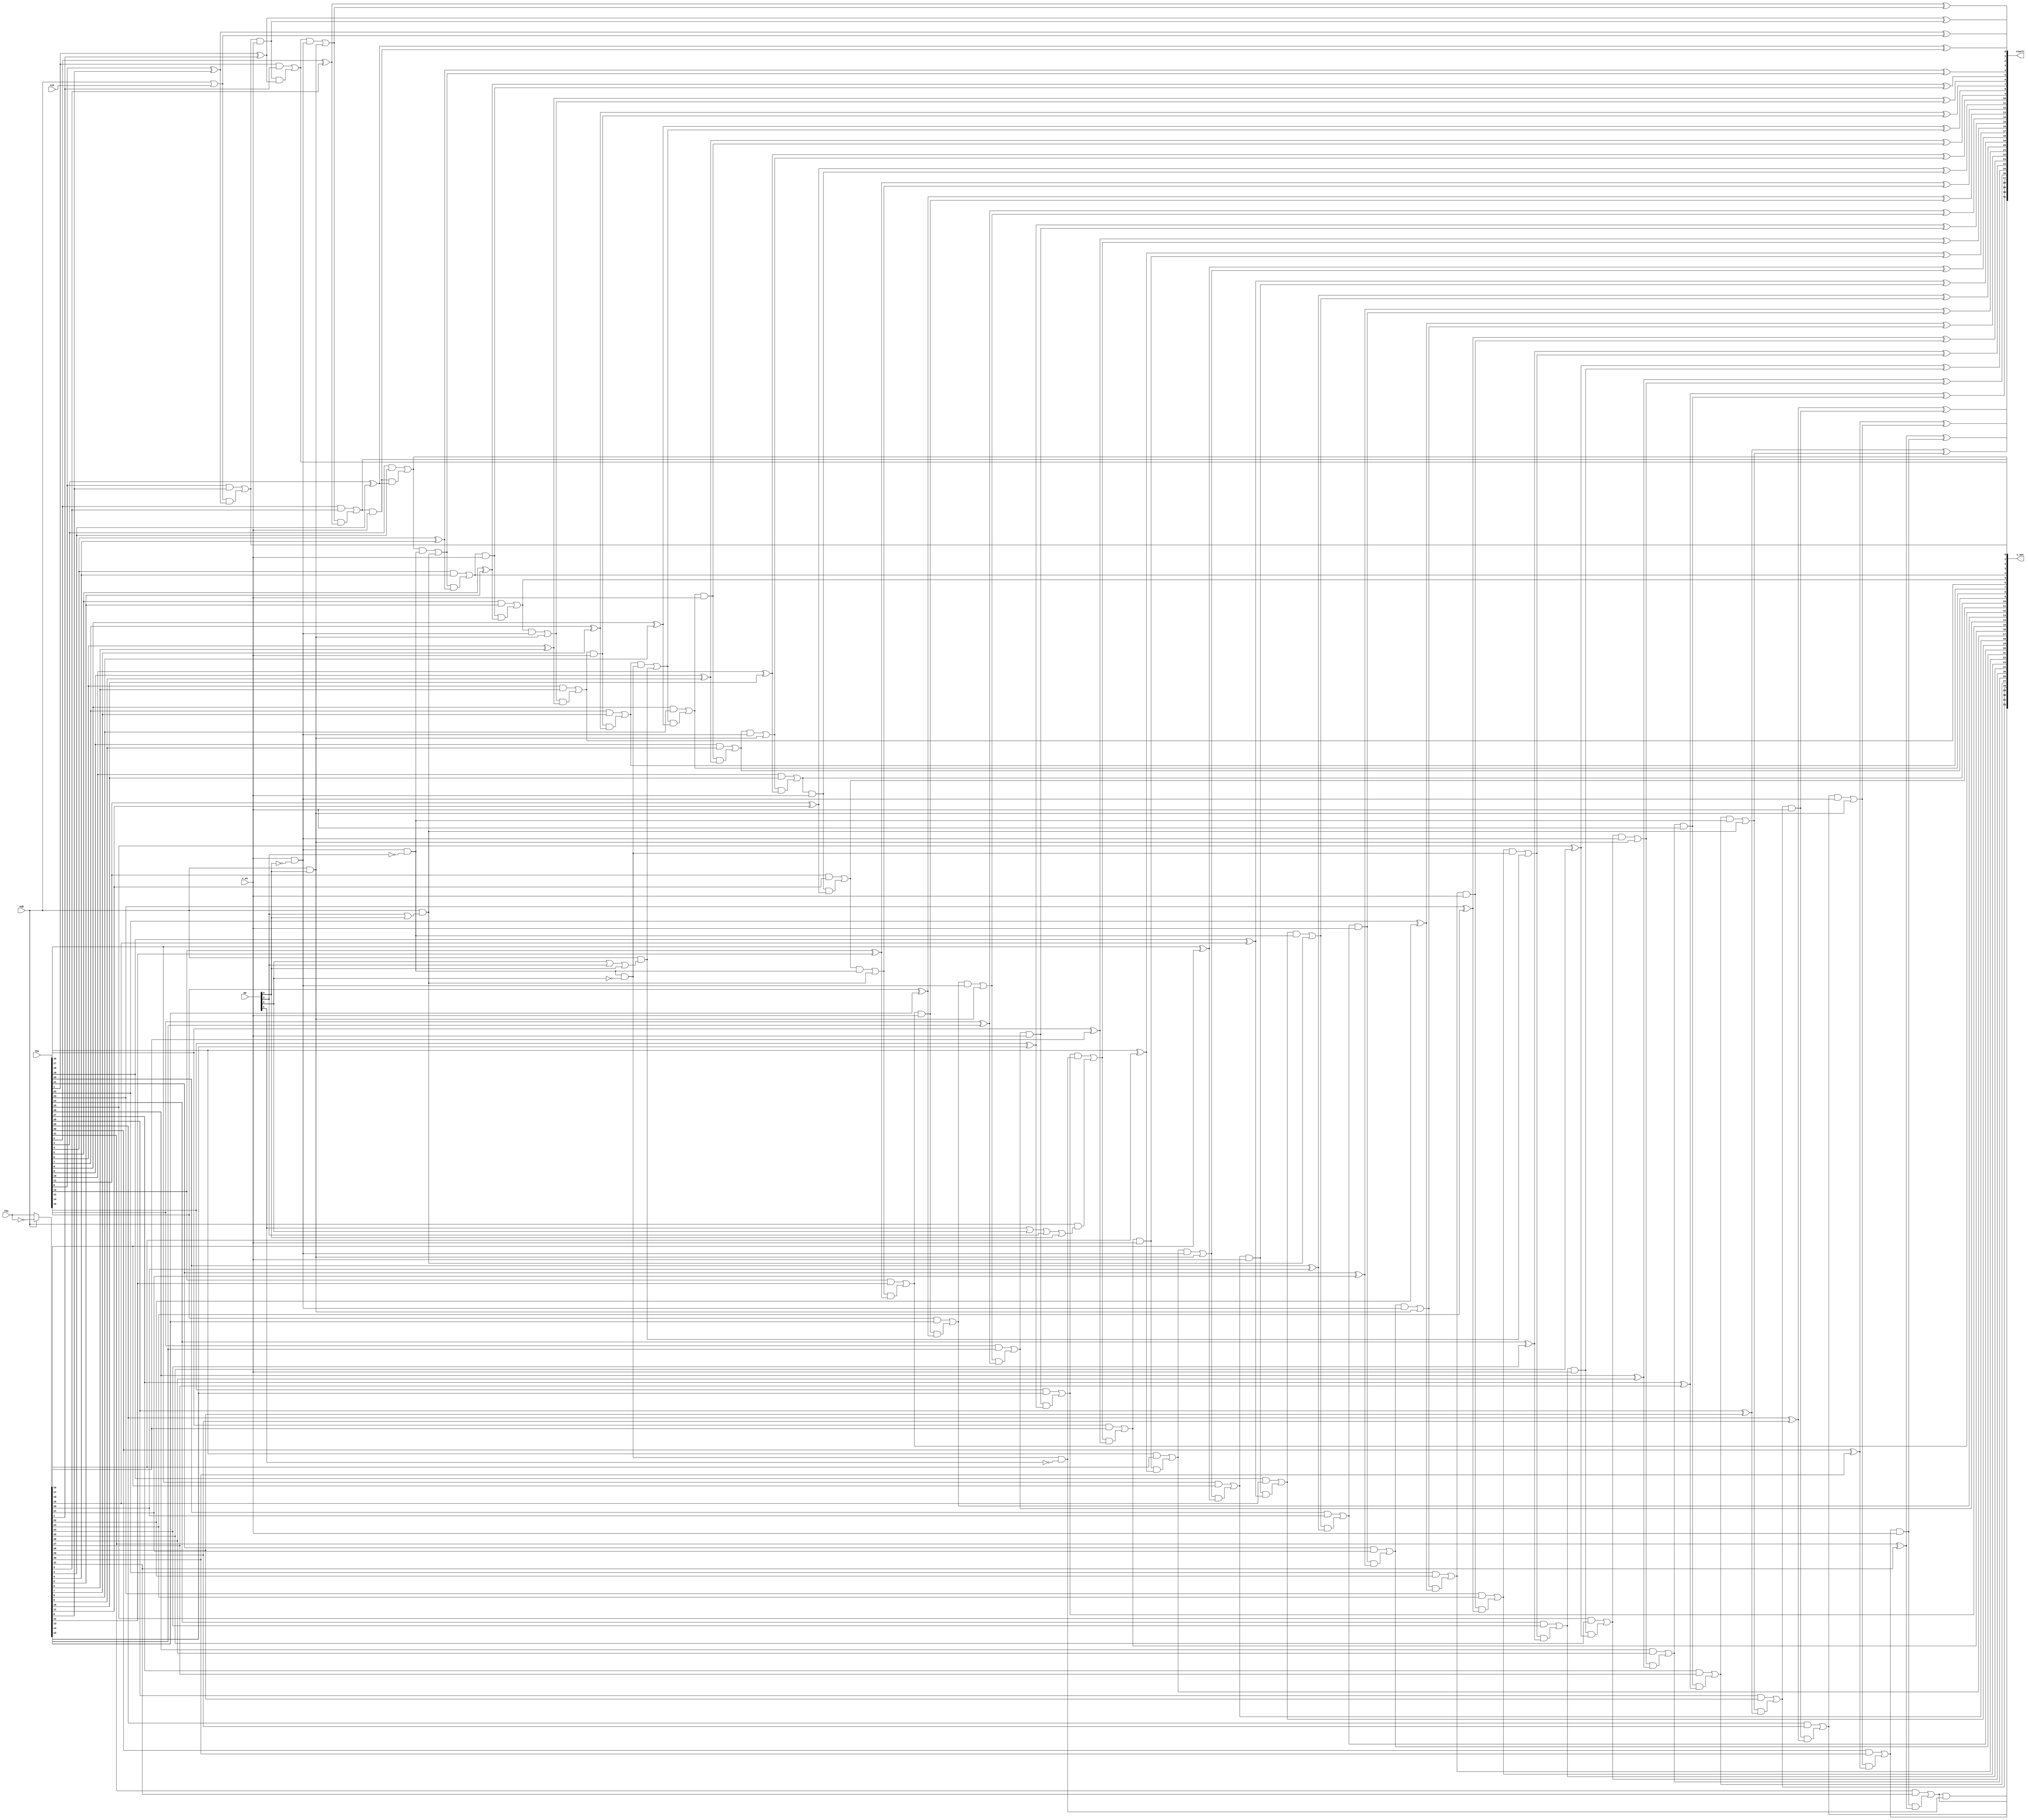
// This program was cloned from: https://github.com/scarv/xcrypto
// License: MIT License


//
// module: p_addsub
//
//  Implemented packed addition/subtraction for 32-bit 2s complement values.
//
module p_addsub (

input  wire [31:0]  lhs             , // Left hand input
input  wire [31:0]  rhs             , // Right hand input.

input  wire [ 4:0]  pw              , // Pack width to operate on
input  wire [ 0:0]  cin             , // Carry in bit.
input  wire [ 0:0]  sub             , // Subtract if set, else add.

input  wire         c_en            , // Carry enable bits.
output wire [32:0]  c_out           , // Carry bits
output wire [31:0]  result            // Result of the operation

);

//
// One-hot pack width wires
wire pw_32 = pw[0];
wire pw_16 = pw[1];
wire pw_8  = pw[2];
wire pw_4  = pw[3];
wire pw_2  = pw[4];

// Carry bit masks
(*keep*)
    /* verilator lint_off UNOPTFLAT */
wire [31:0] carry_mask;
wire [32:0] carry_chain;
/* verilator lint_on UNOPTFLAT */

assign c_out[32] = carry_chain[32];

// Carry in IFF subtracting or forcing a carry in.
assign      carry_chain[0] = sub || cin;

// Invert RHS iff subtracting.
wire [31:0] rhs_m          = sub ? ~rhs : rhs;

//
// Generate the carry mask bits.
assign carry_mask[ 0] = c_en && 1'b1;
assign carry_mask[ 1] = c_en && !pw_2;
assign carry_mask[ 2] = c_en && 1'b1;
assign carry_mask[ 3] = c_en && !pw_2 && !pw_4;
assign carry_mask[ 4] = c_en && 1'b1;
assign carry_mask[ 5] = c_en && !pw_2;
assign carry_mask[ 6] = c_en && 1'b1;
assign carry_mask[ 7] = c_en && !pw_2 && !pw_4 && !pw_8;
assign carry_mask[ 8] = c_en && 1'b1;
assign carry_mask[ 9] = c_en && !pw_2;
assign carry_mask[10] = c_en && 1'b1;
assign carry_mask[11] = c_en && !pw_2 && !pw_4;
assign carry_mask[12] = c_en && 1'b1;
assign carry_mask[13] = c_en && !pw_2;
assign carry_mask[14] = c_en && 1'b1;
assign carry_mask[15] = c_en && !pw_2 && !pw_4 && !pw_8 && !pw_16;
assign carry_mask[16] = c_en && 1'b1;
assign carry_mask[17] = c_en && !pw_2;
assign carry_mask[18] = c_en && 1'b1;
assign carry_mask[19] = c_en && !pw_2 && !pw_4;
assign carry_mask[20] = c_en && 1'b1;
assign carry_mask[21] = c_en && !pw_2;
assign carry_mask[22] = c_en && 1'b1;
assign carry_mask[23] = c_en && !pw_2 && !pw_4 && !pw_8;
assign carry_mask[24] = c_en && 1'b1;
assign carry_mask[25] = c_en && !pw_2;
assign carry_mask[26] = c_en && 1'b1;
assign carry_mask[27] = c_en && !pw_2 && !pw_4;
assign carry_mask[28] = c_en && 1'b1;
assign carry_mask[29] = c_en && !pw_2;
assign carry_mask[30] = c_en && 1'b1;
assign carry_mask[31] = c_en && !pw_2 && !pw_4 && !pw_8 && !pw_16;

//
// Generate full adders, where carry in for each one is masked by
// the corresponding carry mask bit.
genvar i;
generate for(i = 0; i < 32; i = i + 1) begin

    wire   c_in     = carry_chain[i];

    wire   carry    = (lhs[i] && rhs_m[i]) || (c_in && (lhs[i]^rhs_m[i]));
    assign c_out[i] = carry;
    
    wire   force_carry = sub && (
        (i == 15 && pw_16) ||  
        (i ==  7 && pw_8 ) ||
        (i == 15 && pw_8 ) ||
        (i == 23 && pw_8 ) ||
        (i ==  3 && pw_4 ) ||
        (i ==  7 && pw_4 ) ||
        (i == 11 && pw_4 ) ||
        (i == 15 && pw_4 ) ||
        (i == 19 && pw_4 ) ||
        (i == 23 && pw_4 ) ||
        (i == 27 && pw_4 ) ||
        (i ==  1 && pw_2 ) ||
        (i ==  3 && pw_2 ) ||
        (i ==  5 && pw_2 ) ||
        (i ==  7 && pw_2 ) ||
        (i ==  9 && pw_2 ) ||
        (i == 11 && pw_2 ) ||
        (i == 13 && pw_2 ) ||
        (i == 15 && pw_2 ) ||
        (i == 17 && pw_2 ) ||
        (i == 19 && pw_2 ) ||
        (i == 21 && pw_2 ) ||
        (i == 23 && pw_2 ) ||
        (i == 25 && pw_2 ) ||
        (i == 27 && pw_2 ) ||
        (i == 29 && pw_2 ) );

    assign carry_chain[i+1] = (carry && carry_mask[i]) || force_carry;

    assign result[i] = lhs[i] ^ rhs_m[i] ^ c_in;

end endgenerate

endmodule